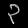
Digit: ၃